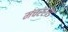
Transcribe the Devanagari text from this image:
मंचररोड